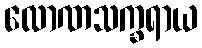
လောဏသက္ခရာယ